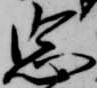
忠